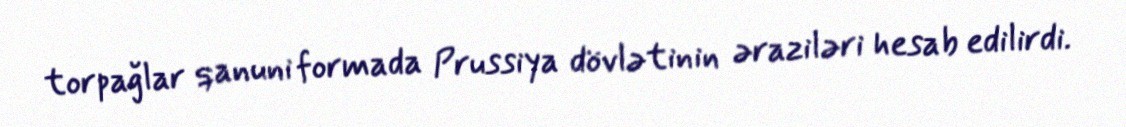
torpağlar qanuni formada Prussiya dövlətinin əraziləri hesab edilirdi.